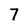
Character: 7